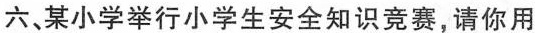
六、某小学举行小学生安全知识竞赛，请你用